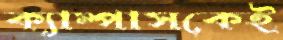
ক্যাম্পাসকেই